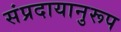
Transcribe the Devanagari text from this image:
संप्रदायानुरूप